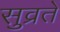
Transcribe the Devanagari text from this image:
सुव्रते